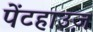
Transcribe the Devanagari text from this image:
पेंटहाउज़